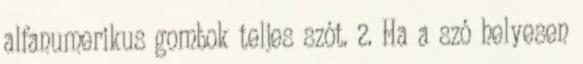
alfanumerikus gombok teljes szót. 2. Ha a szó helyesen